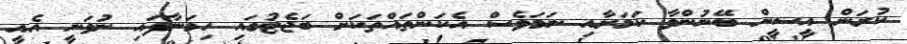
ކުރަން އީސީން ބޭނުންވާ ކަމަށާއި ނަމަވެސް އެކަންތައްތަކަށް ބަޖެޓުގައި ހިމަނާފައި ނުވަނީ އެއީ